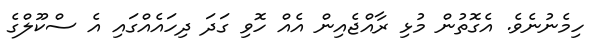
ހިމެނުނެވެ. އެގޮތުން މުޅި ރާއްޖެއިން އެއް ހޮވި ގަދަ ދިހައެއްގައި އެ ސްކޫލްގެ